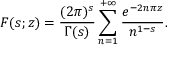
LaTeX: F ( s ; z ) = \frac { ( 2 \pi ) ^ { s } } { \Gamma ( s ) } \sum _ { n = 1 } ^ { + \infty } \frac { e ^ { - 2 n \pi z } } { n ^ { 1 - s } } .